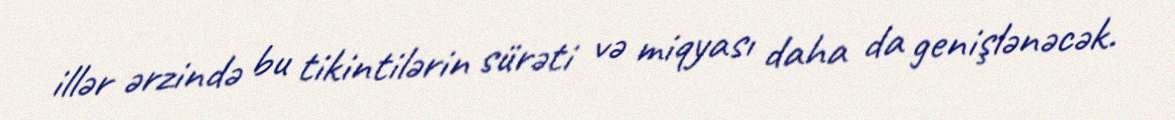
illər ərzində bu tikintilərin sürəti və miqyası daha da genişlənəcək.